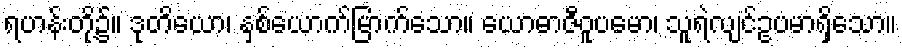
ရဟန်းတို့၌။ ဒုတိယော၊ နှစ်ယောက်မြာက်သော။ ယောဓာဇီဝူပမော၊ သူရဲလျင်ဥပမာရှိသော။